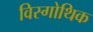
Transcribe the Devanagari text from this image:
विस्गोथिक